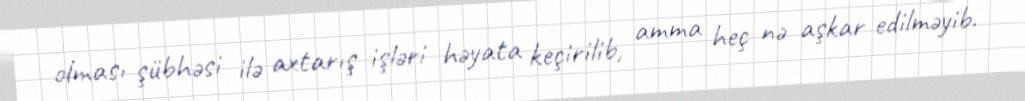
olması şübhəsi ilə axtarış işləri həyata keçirilib, amma heç nə aşkar edilməyib.